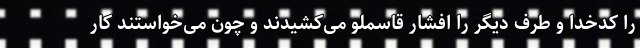
را کدخدا و طرف دیگر را افشار قاسملو می‌کشیدند و چون می‌خواستند کار